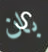
بان